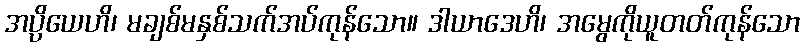
အပ္ပိယေဟိ၊ မချစ်မနှစ်သက်အပ်ကုန်သော။ ဒါယာဒေဟိ၊ အမွေကိုယူတတ်ကုန်သော